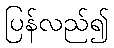
ပြန်လည်၍